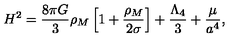
H ^ { 2 } = \frac { 8 \pi G } { 3 } \rho _ { M } \left[ 1 + \frac { \rho _ { M } } { 2 \sigma } \right] + \frac { \Lambda _ { 4 } } { 3 } + \frac { \mu } { a ^ { 4 } } ,